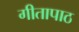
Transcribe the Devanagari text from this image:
गीतापाठ